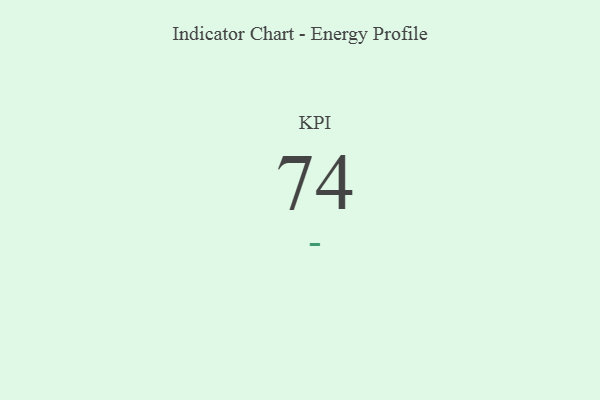
{"axis": {"x": "KPI", "y": "Value"}, "legend": [""], "data": [{"x": "KPI", "y": 74, "type": ""}]}